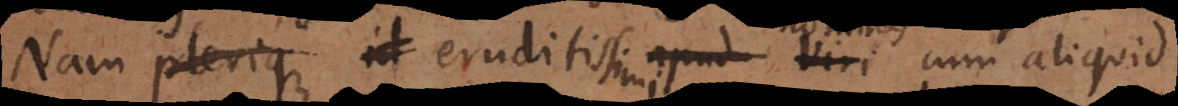
Nam perique id eruditissimi apud viri cum aliquid